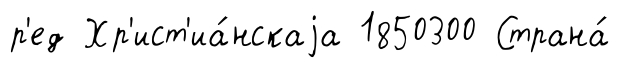
р'ед Хр'ист'иа́нскаjа 1850300 Страна́